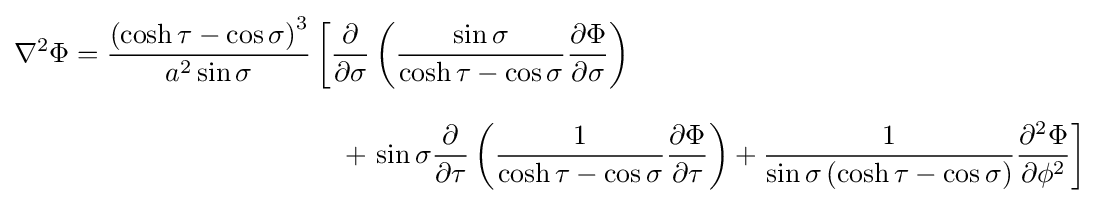
{\begin{aligned}\nabla ^{2}\Phi ={\frac {\left(\cosh \tau -\cos \sigma \right)^{3}}{a^{2}\sin \sigma }}&\left[{\frac {\partial }{\partial \sigma }}\left({\frac {\sin \sigma }{\cosh \tau -\cos \sigma }}{\frac {\partial \Phi }{\partial \sigma }}\right)\right.\\[8pt]&{}\quad +\left.\sin \sigma {\frac {\partial }{\partial \tau }}\left({\frac {1}{\cosh \tau -\cos \sigma }}{\frac {\partial \Phi }{\partial \tau }}\right)+{\frac {1}{\sin \sigma \left(\cosh \tau -\cos \sigma \right)}}{\frac {\partial ^{2}\Phi }{\partial \phi ^{2}}}\right]\end{aligned}}